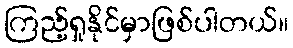
ကြည့်ရှုနိုင်မှာဖြစ်ပါတယ်။